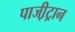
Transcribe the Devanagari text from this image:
पाजी़ट्रान